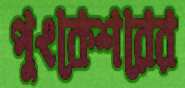
পুংকেশরের